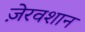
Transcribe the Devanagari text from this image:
ज़ेरवशान